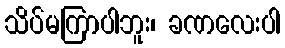
သိပ်မကြာပါဘူး၊ ခဏလေးပါ